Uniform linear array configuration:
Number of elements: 64
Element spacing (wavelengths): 0.25
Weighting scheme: kaiser
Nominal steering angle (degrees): -15
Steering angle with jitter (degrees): -16.775
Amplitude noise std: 0.05
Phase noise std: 0.05

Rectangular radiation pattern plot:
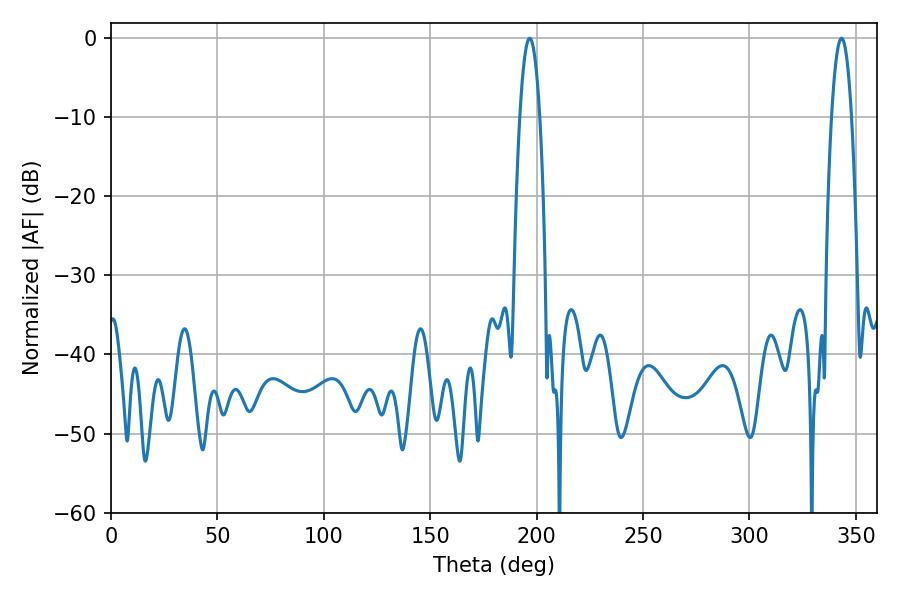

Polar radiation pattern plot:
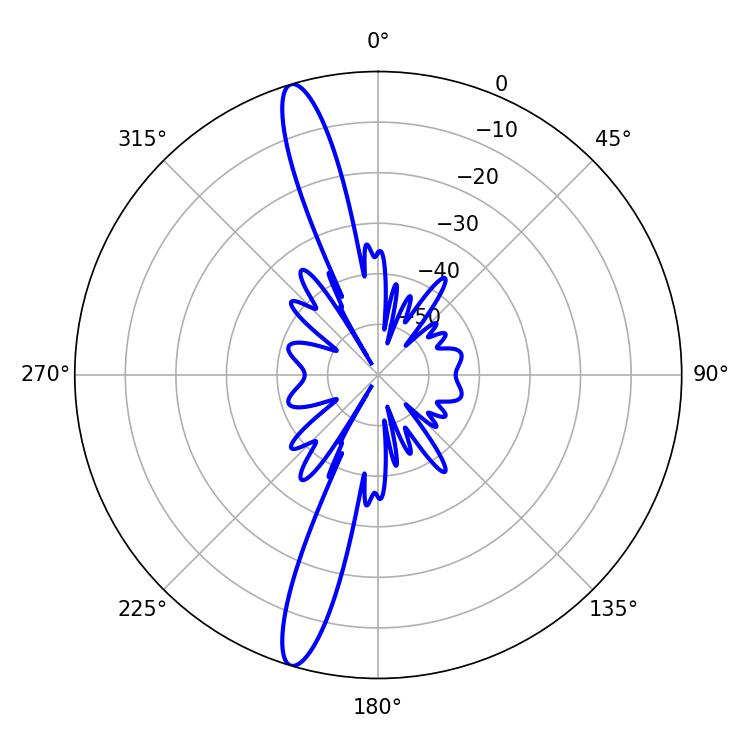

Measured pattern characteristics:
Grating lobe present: FALSE
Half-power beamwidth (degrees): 5.04
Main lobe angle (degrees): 343.26